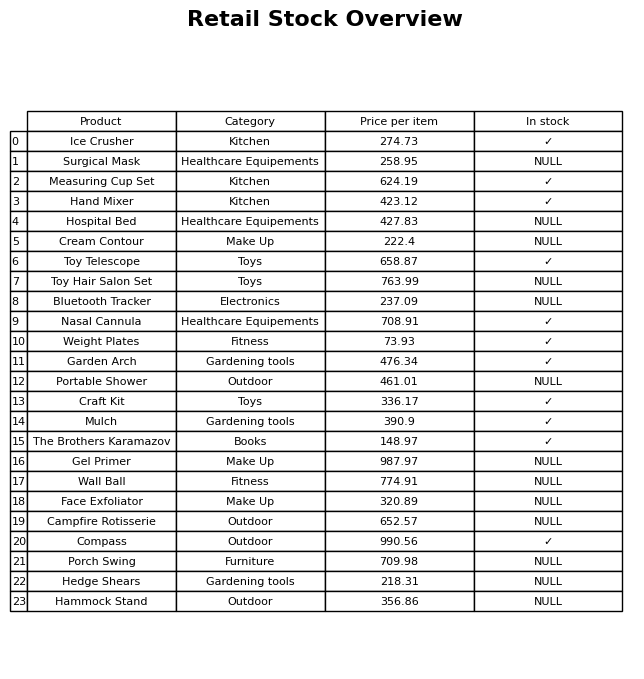
question: What is the stock status of the Mulch?
answer: ✓